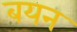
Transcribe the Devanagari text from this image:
बयन